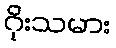
ဂိုးသမား